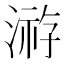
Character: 𱨈